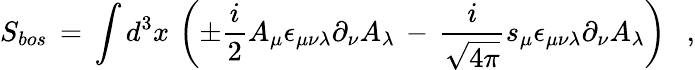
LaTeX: S_{bos}\, =\, \int d^{3}x\, \left(\pm\frac{i}{2}A_{\mu}\epsilon_{\mu\nu\lambda}\partial_{\nu}A_{\lambda}\, -\, \frac{i}{\sqrt{4\pi}}s_{\mu}\epsilon_{\mu\nu\lambda}\partial_{\nu}A_{\lambda}\right)~~~,